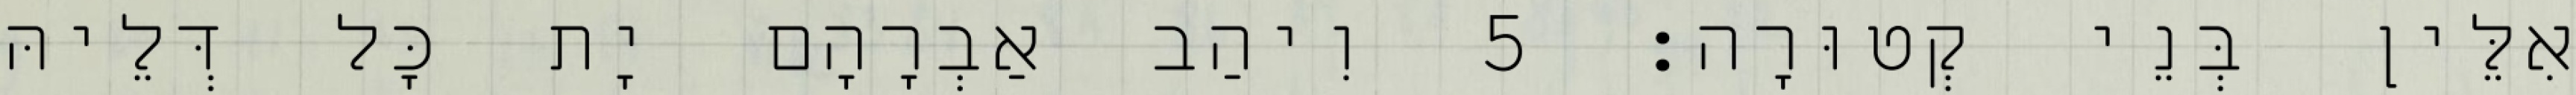
אִלֵּין בְּנֵי קְטוּרָה׃ 5 וִיהַב אַבְרָהָם יָת כָּל דְּלֵיהּ